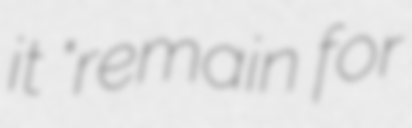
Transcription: it "remain for